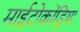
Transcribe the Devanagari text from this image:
माईटोकोंड्रिया